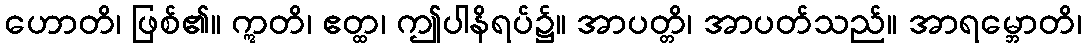
ဟောတိ၊ ဖြစ်၏။ ဣတိ၊ ဧတ္ထ၊ ဤပါနိရပ်၌။ အာပတ္တိ၊ အာပတ်သည်။ အာရမ္ဘောတိ၊